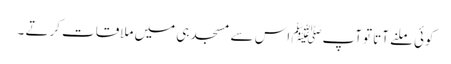
کوئی ملنے آتا توآپﷺ اس سے مسجد ہی میں ملاقات کرتے ۔